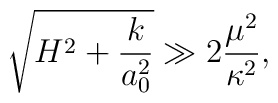
\sqrt{H^2 + \frac{k}{a_0^2}} \gg 2  \frac{\mu^2}{\kappa^2},